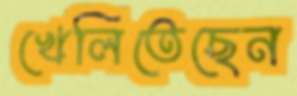
খেলিতেছেন